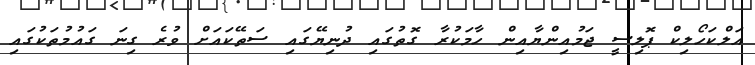
އަލްކަހޯލިކް ޕޮލިސީ ޖަމުއިންޔާއިން ހާމަކުރާ ގޮތުގައި ދުނިޔޭގައި ސަތޭކައަށް ވުރެ ގިނަ ގައުމުތަކުގައި